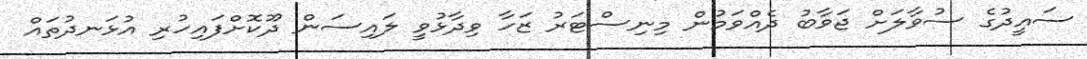
ސައީދުގެ ސުވާލަށް ޖަވާބު ދެއްވަމުން މިނިސްޓަރު ޒަހާ ވިދާޅުވީ ލައިސަން ދޫކޮށްފައިހުރި އުޅަނދުތައް